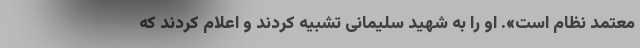
معتمد نظام است». او را به شهید سلیمانی تشبیه کردند و اعلام کردند که